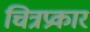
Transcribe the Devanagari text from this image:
चित्रप्रकार